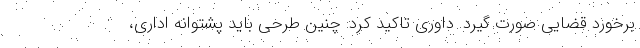
برخورد قضایی صورت گیرد. داوری تاکید کرد: چنین طرحی باید پشتوانه اداری،